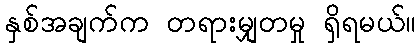
နှစ်အချက်က တရားမျှတမှု ရှိရမယ်။